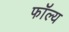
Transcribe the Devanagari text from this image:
फॉल्य